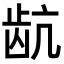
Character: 𬹽